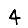
Digit: 4